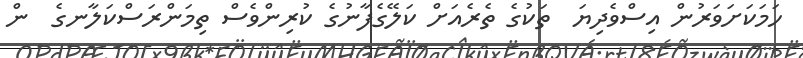
ހަމަކަށަވަރުން އިސްވެދިޔަ  ތަކުގެ ތެރެއަށް ކަލޭގެފާނުގެ ކުރިންވެސް ތިމަންރަސްކަލާނގެ  ން